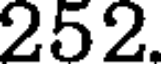
252.